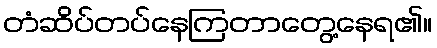
တံဆိပ်တပ်နေကြတာတွေ့နေရ၏။